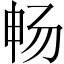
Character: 畅